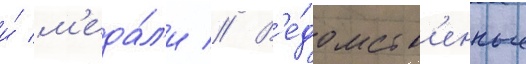
и́ м'еда́л'и // В'е́домств'енные